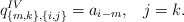
\begin{align*}q^{IV}_{\{m,k \}, \{i,j\}} = a_{i-m}, \;\;\; j=k.\end{align*}